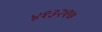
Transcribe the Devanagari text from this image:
४१३२१७